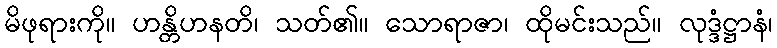
မိဖုရားကို။ ဟန္တိဟနတိ၊ သတ်၏။ သောရာဇာ၊ ထိုမင်းသည်။ လုဒ္ဒံဋ္ဌာနံ၊